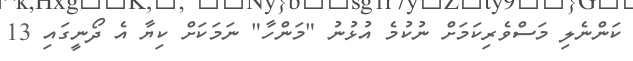
ކަންނެލި މަސްވެރިކަމަށް ނުކުމެ އުޅުނު "މަންހާ" ނަމަކަށް ކިޔާ އެ ދޯނީގައި 13